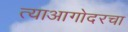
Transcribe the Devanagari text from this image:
त्याआगोदरचा